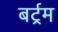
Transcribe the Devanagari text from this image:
बर्ट्रम